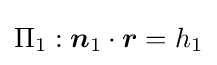
\Pi _{1}:{\boldsymbol {n}}_{1}\cdot {\boldsymbol {r}}=h_{1}